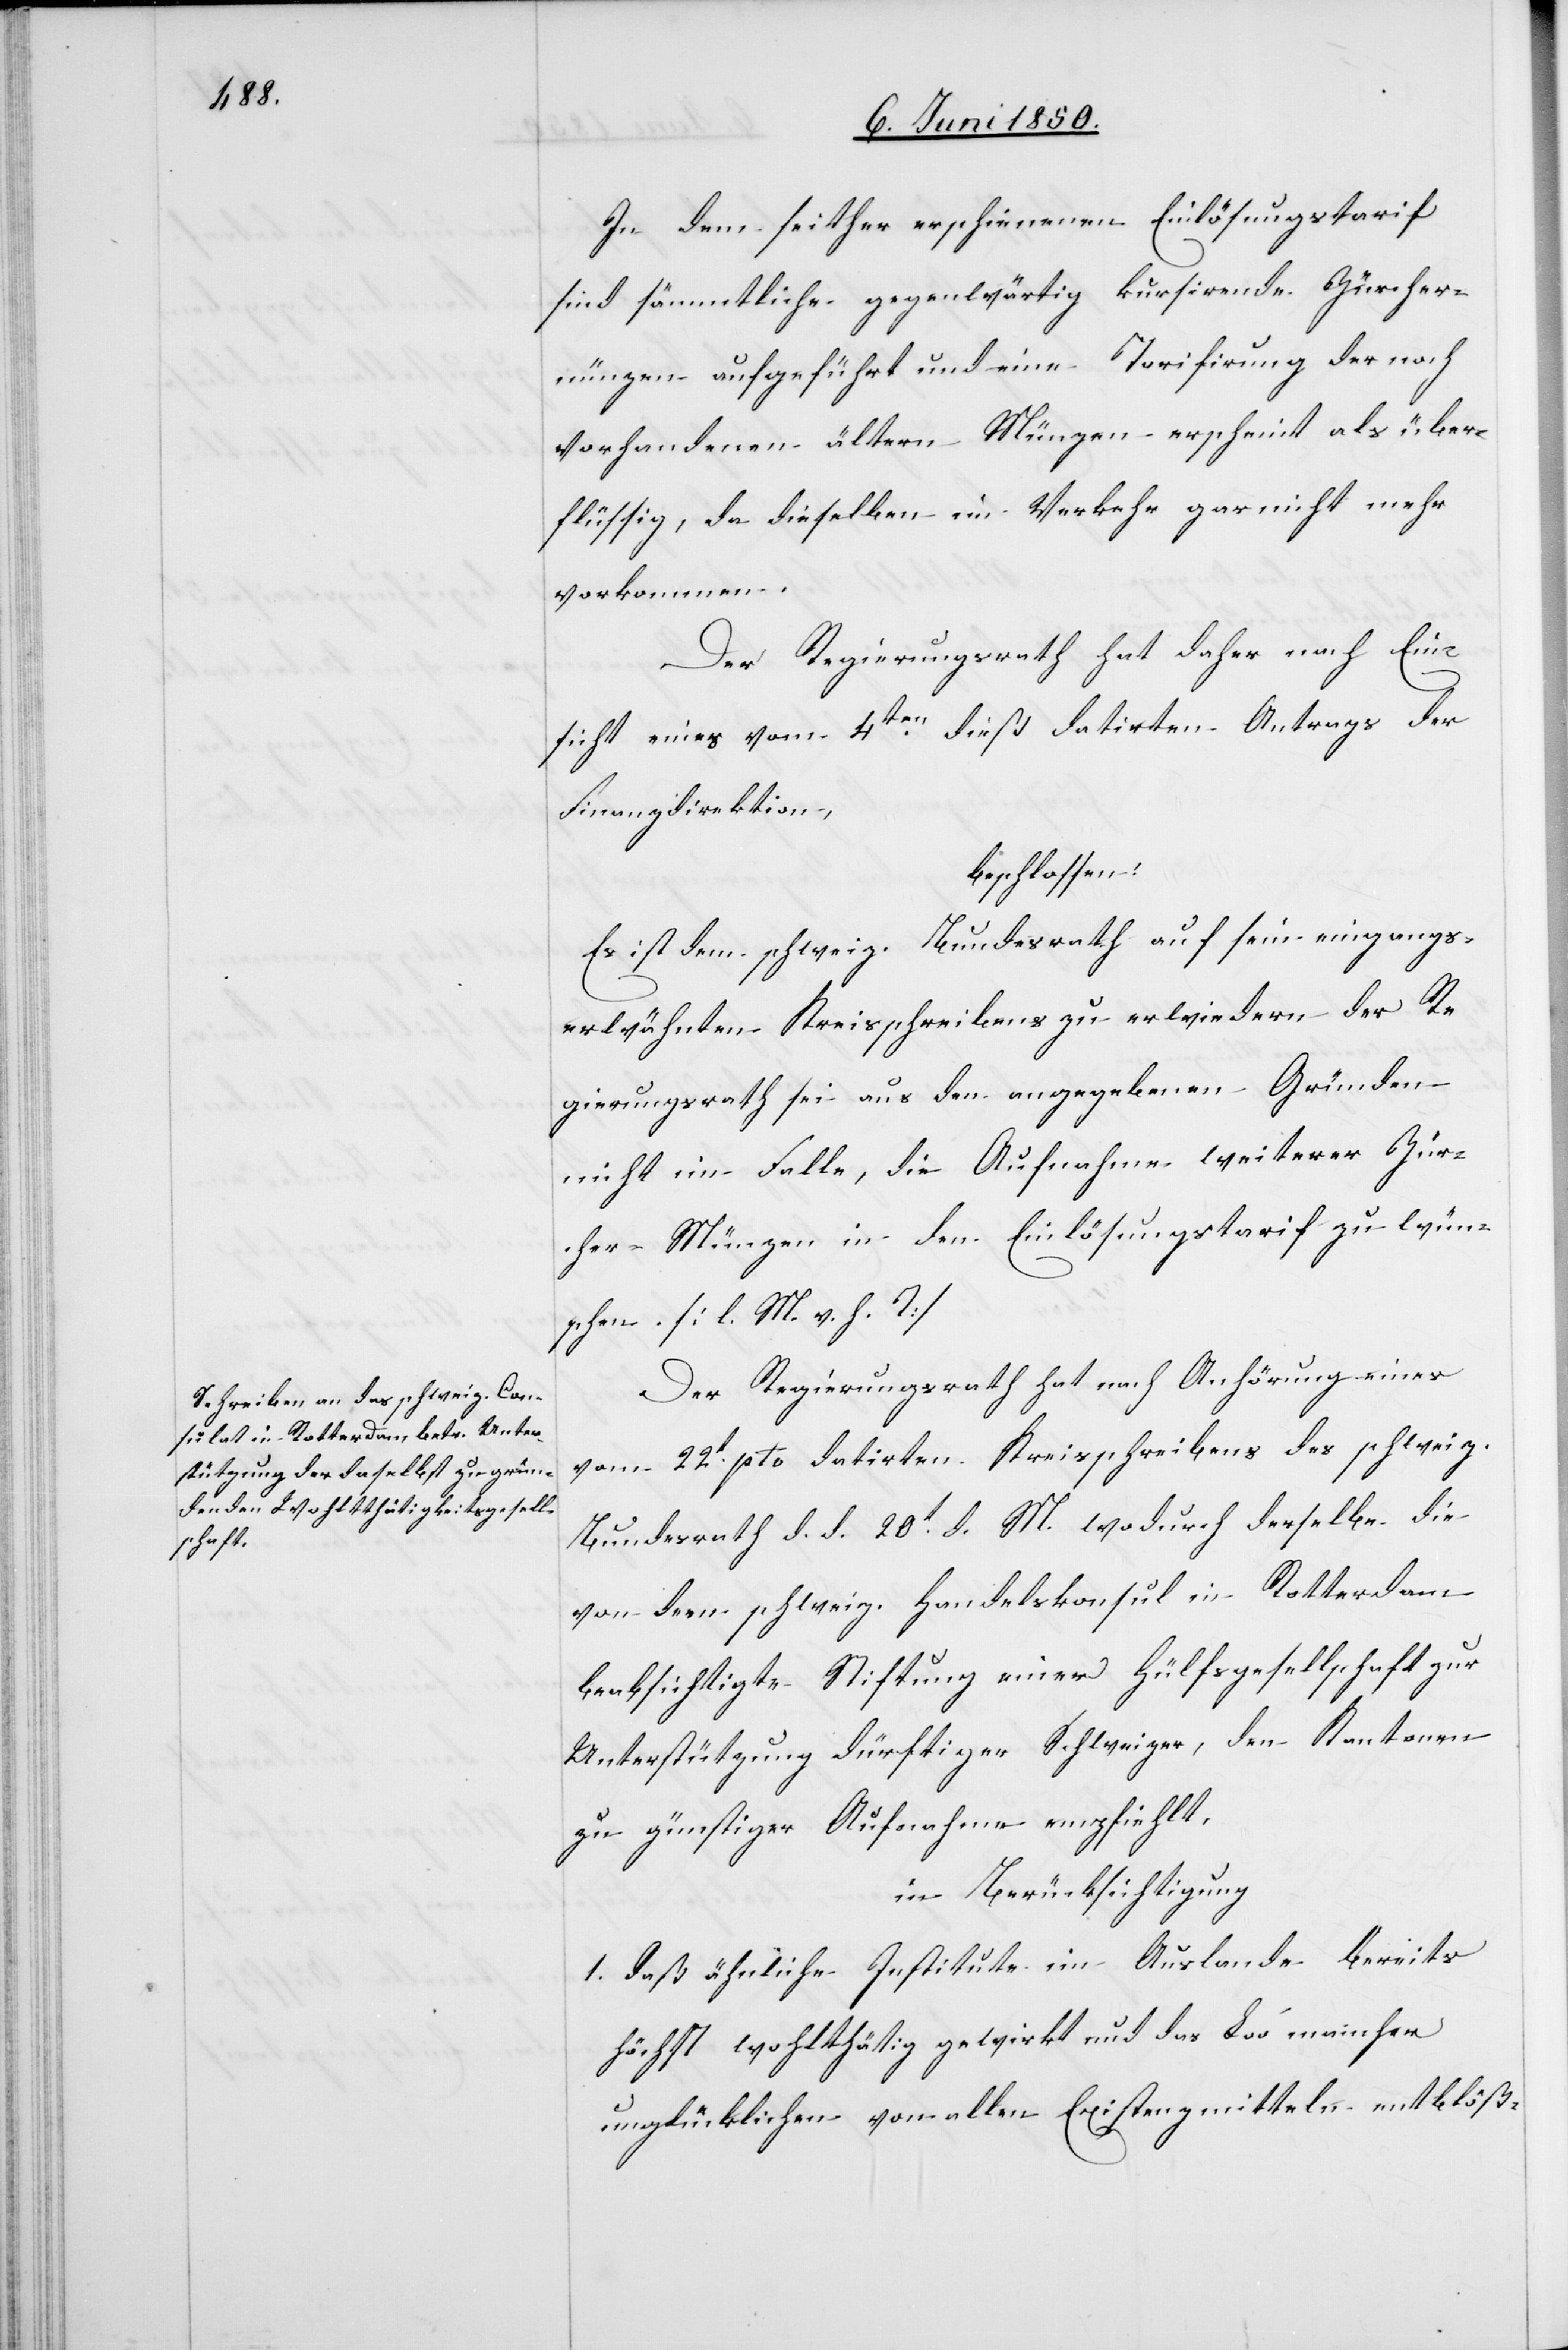
In dem seither erschienen Einlösungstarif
sind sämmtliche gegenwärtig kursirende Zürcher¬
münzen aufgeführt und eine Tarifirung der noch
vorhandenen älteren Münzen erscheint als über¬
flüssig, da dieselben im Verkehr gar nicht mehr
vorkommen.
Der Regierungsrath hat daher nach Ein¬
sicht eines vom 4ten dieß datirten Antrags der
Finanzdirektion,
beschlossen:
Es ist dem schweiz. Bundesrath auf sein eingangs¬
erwähnten Kreisschreibens zu erwiedern der Re¬
gierungsrath sei aus den angegebenen Gründen
nicht im Falle, die Aufnahme weiterer Zür¬
cher-Münzen in den Einlösungstarif zu wün¬
schen. [l. M. v. h. T]
Der Regierungsrath hat nach Anhörung eines
vom 22t pto datirten Kreisschreibens des schweiz.
Bundesrath d. d. 20t d. M. wodurch derselbe die
von dem schweiz. Handelskonsul in Rotterdam
beabsichtigte Stiftung einer Hülfsgesellschaft zur
Unterstützung dürftiger Schweizer, den Kantonen
zu günstiger Aufnahme empfiehlt,
in Berücksichtigung
1. daß ähnliche Institute im Auslande bereits
höchst wohlthätig gewirkt und das Loo[s] mancher
unglücklichen von allen Existenzmitteln entblöß-